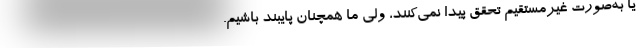
یا به‌صورت غیرمستقیم تحقق پیدا نمی‌کنند، ولی ما همچنان پایبند باشیم.